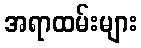
အရာထမ်းများ